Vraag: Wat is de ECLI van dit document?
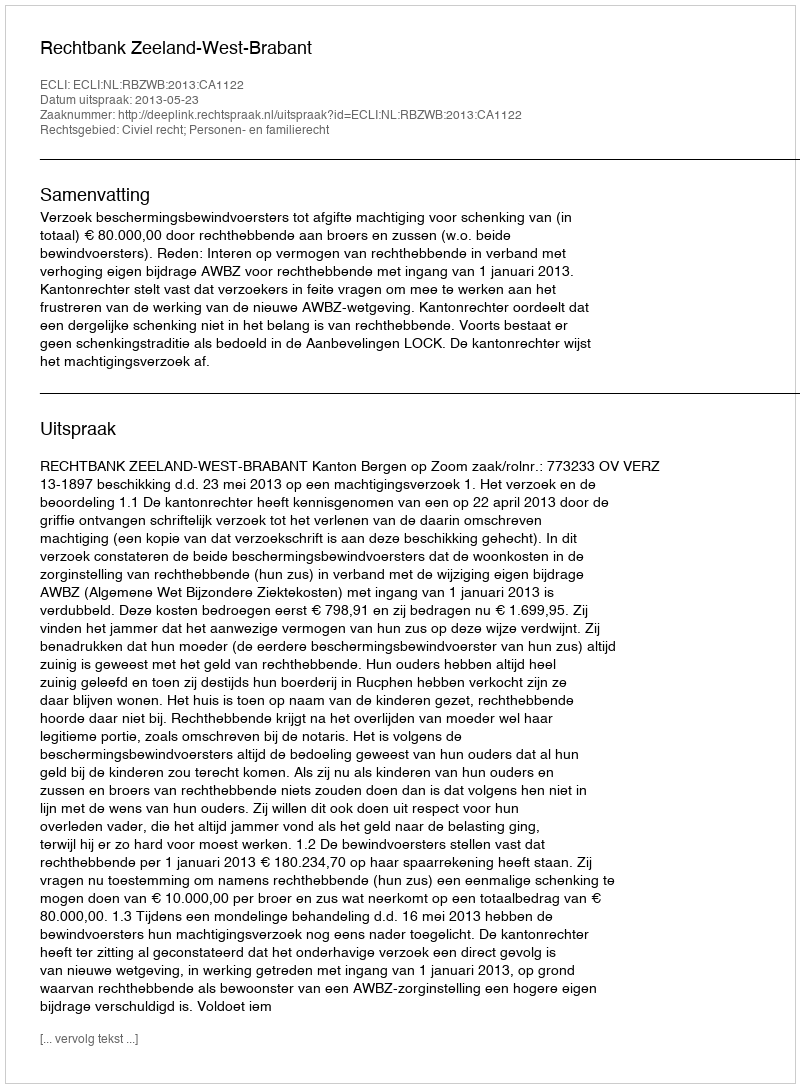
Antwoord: ECLI:NL:RBZWB:2013:CA1122